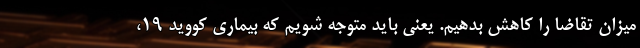
میزان تقاضا را کاهش بدهیم. یعنی باید متوجه شویم که بیماری کووید ۱۹،